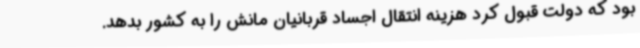
بود که دولت قبول کرد هزینه انتقال اجساد قربانیان مانش را به کشور بدهد.